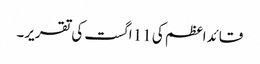
قائداعظم کی 11 اگست کی تقریر۔